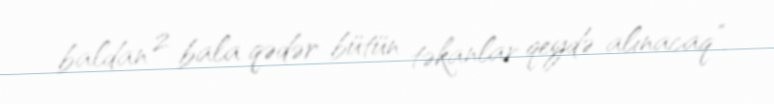
baldan 2 bala qədər bütün təkanlar qeydə alınacaq”.